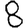
Digit: 8